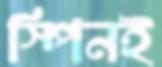
স্পিনই